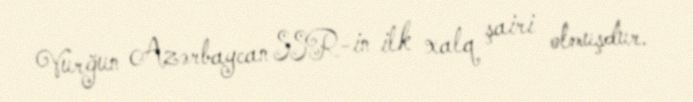
Vurğun Azərbaycan SSR-in ilk xalq şairi olmuşdur.